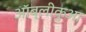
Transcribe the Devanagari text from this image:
ऑब्लीकुआ